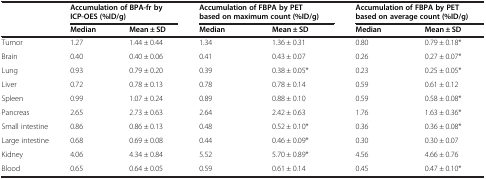
| <ROWSPAN=2>  | <COLSPAN=2> Accumulation of BPA-fr by ICP-OES (%ID/g) | <COLSPAN=2> Accumulation of FBPA by PET based on maximum count (%ID/g) | <COLSPAN=2> Accumulation of FBPA by PET based on average count (%ID/g) |
 | Median | Mean ± SD | Median | Mean ± SD | Median | Mean ± SD |
 | --- | --- | --- | --- | --- | --- | --- |
 | Tumor | 1.27 | 1.44 ± 0.44 | 1.34 | 1.36 ± 0.31 | 0.80 | 0.79 ± 0.18* |
 | Brain | 0.40 | 0.40 ± 0.06 | 0.41 | 0.43 ± 0.07 | 0.26 | 0.27 ± 0.07* |
 | Lung | 0.93 | 0.79 ± 0.20 | 0.39 | 0.38 ± 0.05* | 0.23 | 0.25 ± 0.05* |
 | Liver | 0.72 | 0.78 ± 0.13 | 0.78 | 0.78 ± 0.14 | 0.59 | 0.61 ± 0.12 |
 | Spleen | 0.99 | 1.07 ± 0.24 | 0.89 | 0.88 ± 0.10 | 0.59 | 0.58 ± 0.08* |
 | Pancreas | 2.65 | 2.73 ± 0.63 | 2.64 | 2.42 ± 0.63 | 1.76 | 1.63 ± 0.36* |
 | Small intestine | 0.86 | 0.86 ± 0.13 | 0.48 | 0.52 ± 0.10* | 0.36 | 0.36 ± 0.08* |
 | Large intestine | 0.68 | 0.69 ± 0.08 | 0.44 | 0.46 ± 0.09* | 0.30 | 0.30 ± 0.07 |
 | Kidney | 4.06 | 4.34 ± 0.84 | 5.52 | 5.70 ± 0.89* | 4.56 | 4.66 ± 0.76 |
 | Blood | 0.65 | 0.64 ± 0.05 | 0.59 | 0.61 ± 0.14 | 0.45 | 0.47 ± 0.10* |